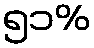
၅၁%